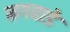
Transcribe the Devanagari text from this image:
नगवाडे